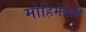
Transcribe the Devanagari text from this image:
मोहिमेवेळी